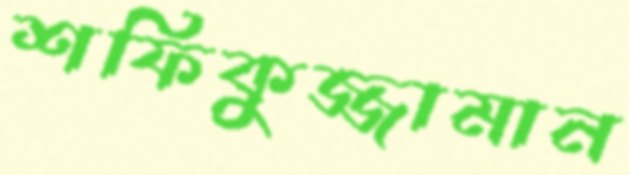
শফিকুজ্জামান